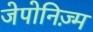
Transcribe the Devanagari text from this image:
जेपोनिज़्म